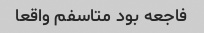
فاجعه بود متاسفم واقعا